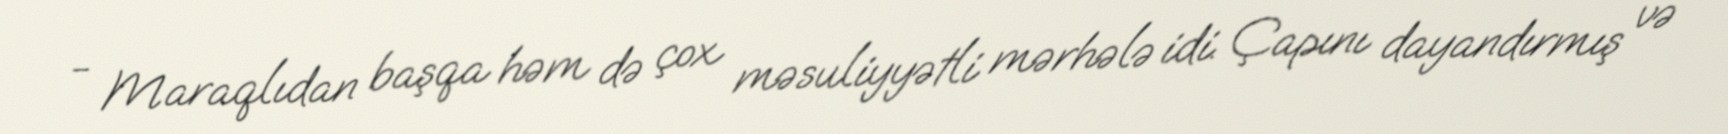
- Maraqlıdan başqa həm də çox məsuliyyətli mərhələ idi. Çapını dayandırmış və